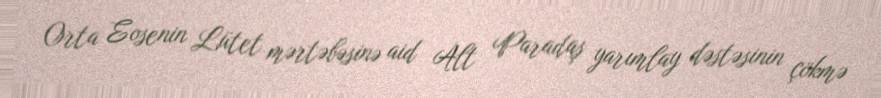
Orta Eosenin Lütet mərtəbəsinə aid Alt Paradaş yarımlay dəstəsinin çökmə